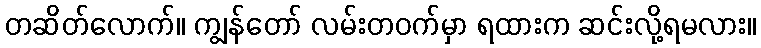
တဆိတ်လောက်။ ကျွန်တော် လမ်းတဝက်မှာ ရထားက ဆင်းလို့ရမလား။